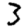
Digit: 3